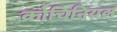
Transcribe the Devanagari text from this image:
कोचिनियल